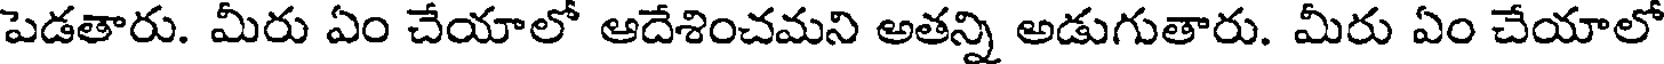
పెడతారు. మీరు ఏం చేయాలో ఆదేశించమని అతన్ని అడుగుతారు. మీరు ఏం చేయాలో